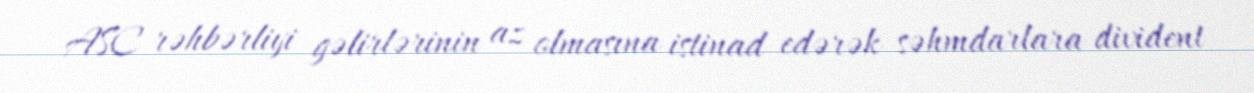
ASC rəhbərliyi gəlirlərinin az olmasına istinad edərək səhmdarlara divident